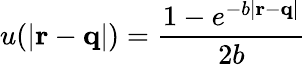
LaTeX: u(|\mathbf{r}-\mathbf{q}|)=\frac{1-e^{-b|\mathbf{r}-\mathbf{q}|}}{2b}